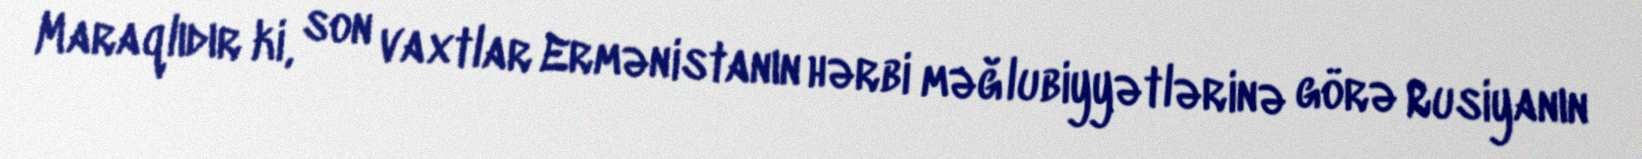
Maraqlıdır ki, son vaxtlar Ermənistanın hərbi məğlubiyyətlərinə görə Rusiyanın